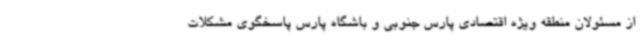
از مسئولان منطقه ویژه اقتصادی پارس جنوبی و باشگاه پارس پاسخگوی مشکلات